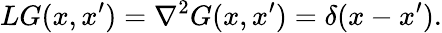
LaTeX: LG(x,x^{\prime})=\nabla^{2}G(x,x^{\prime})=\delta(x-x^{\prime}).